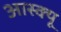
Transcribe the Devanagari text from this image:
आस्क्यू